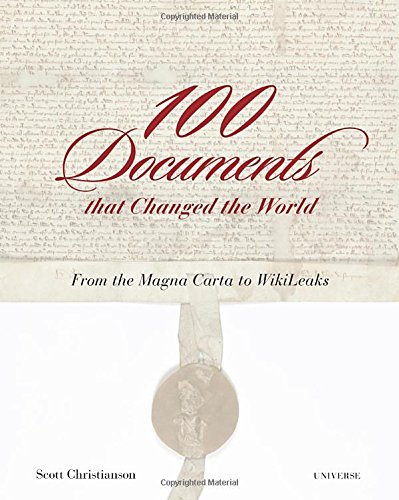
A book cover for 100 Documents That Changed the World: From the Magna Carta to Wikileaks; Scott Christianson; Crafts, Hobbies & Home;